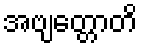
အဗျတ္တောတိ